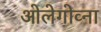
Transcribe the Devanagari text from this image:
ओलेगोव्ना